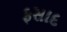
ફસાદ